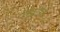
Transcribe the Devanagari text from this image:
सिटीशी